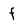
Character: f